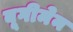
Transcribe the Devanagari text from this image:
बूगीमेन